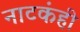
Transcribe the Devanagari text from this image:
नाटकंही